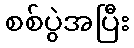
စစ်ပွဲအပြီး